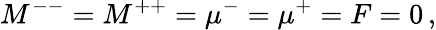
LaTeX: M^{--}=M^{++}=\mu^{-}=\mu^{+}=F=0\, ,